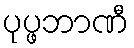
ပုပ္ဖဘာဏီ